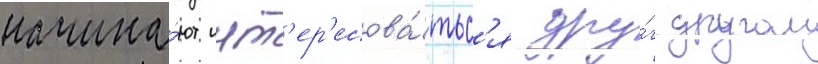
начина́ют инт'ер'есова́тьс'я дру́г другом